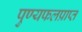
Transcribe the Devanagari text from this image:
पुण्यफलप्राप्त